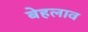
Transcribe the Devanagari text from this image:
बेहलाव